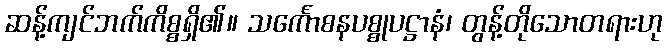
ဆန့်ကျင်ဘက်ကိစ္စရှိ၏။ သင်္ကောစနပစ္စုပဋ္ဌာနံ၊ တွန့်တိုသောတရားဟု